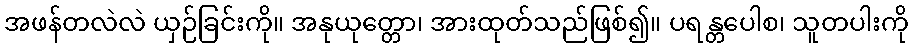
အဖန်တလဲလဲ ယှဉ်ခြင်းကို။ အနုယုတ္တော၊ အားထုတ်သည်ဖြစ်၍။ ပရန္တပေါစ၊ သူတပါးကို